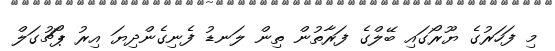
މި ފަހަރުގެ ޔޫރޯގައި ބޭލްގެ ފަރާތުން ތިން ލަނޑު ފެނިގެންދިޔަ އިރު ޕޯޗުގަލް